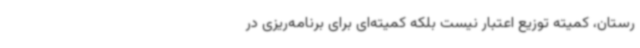
رستان، کمیته توزیع اعتبار نیست بلکه کمیته‌ای برای برنامه‌ریزی در